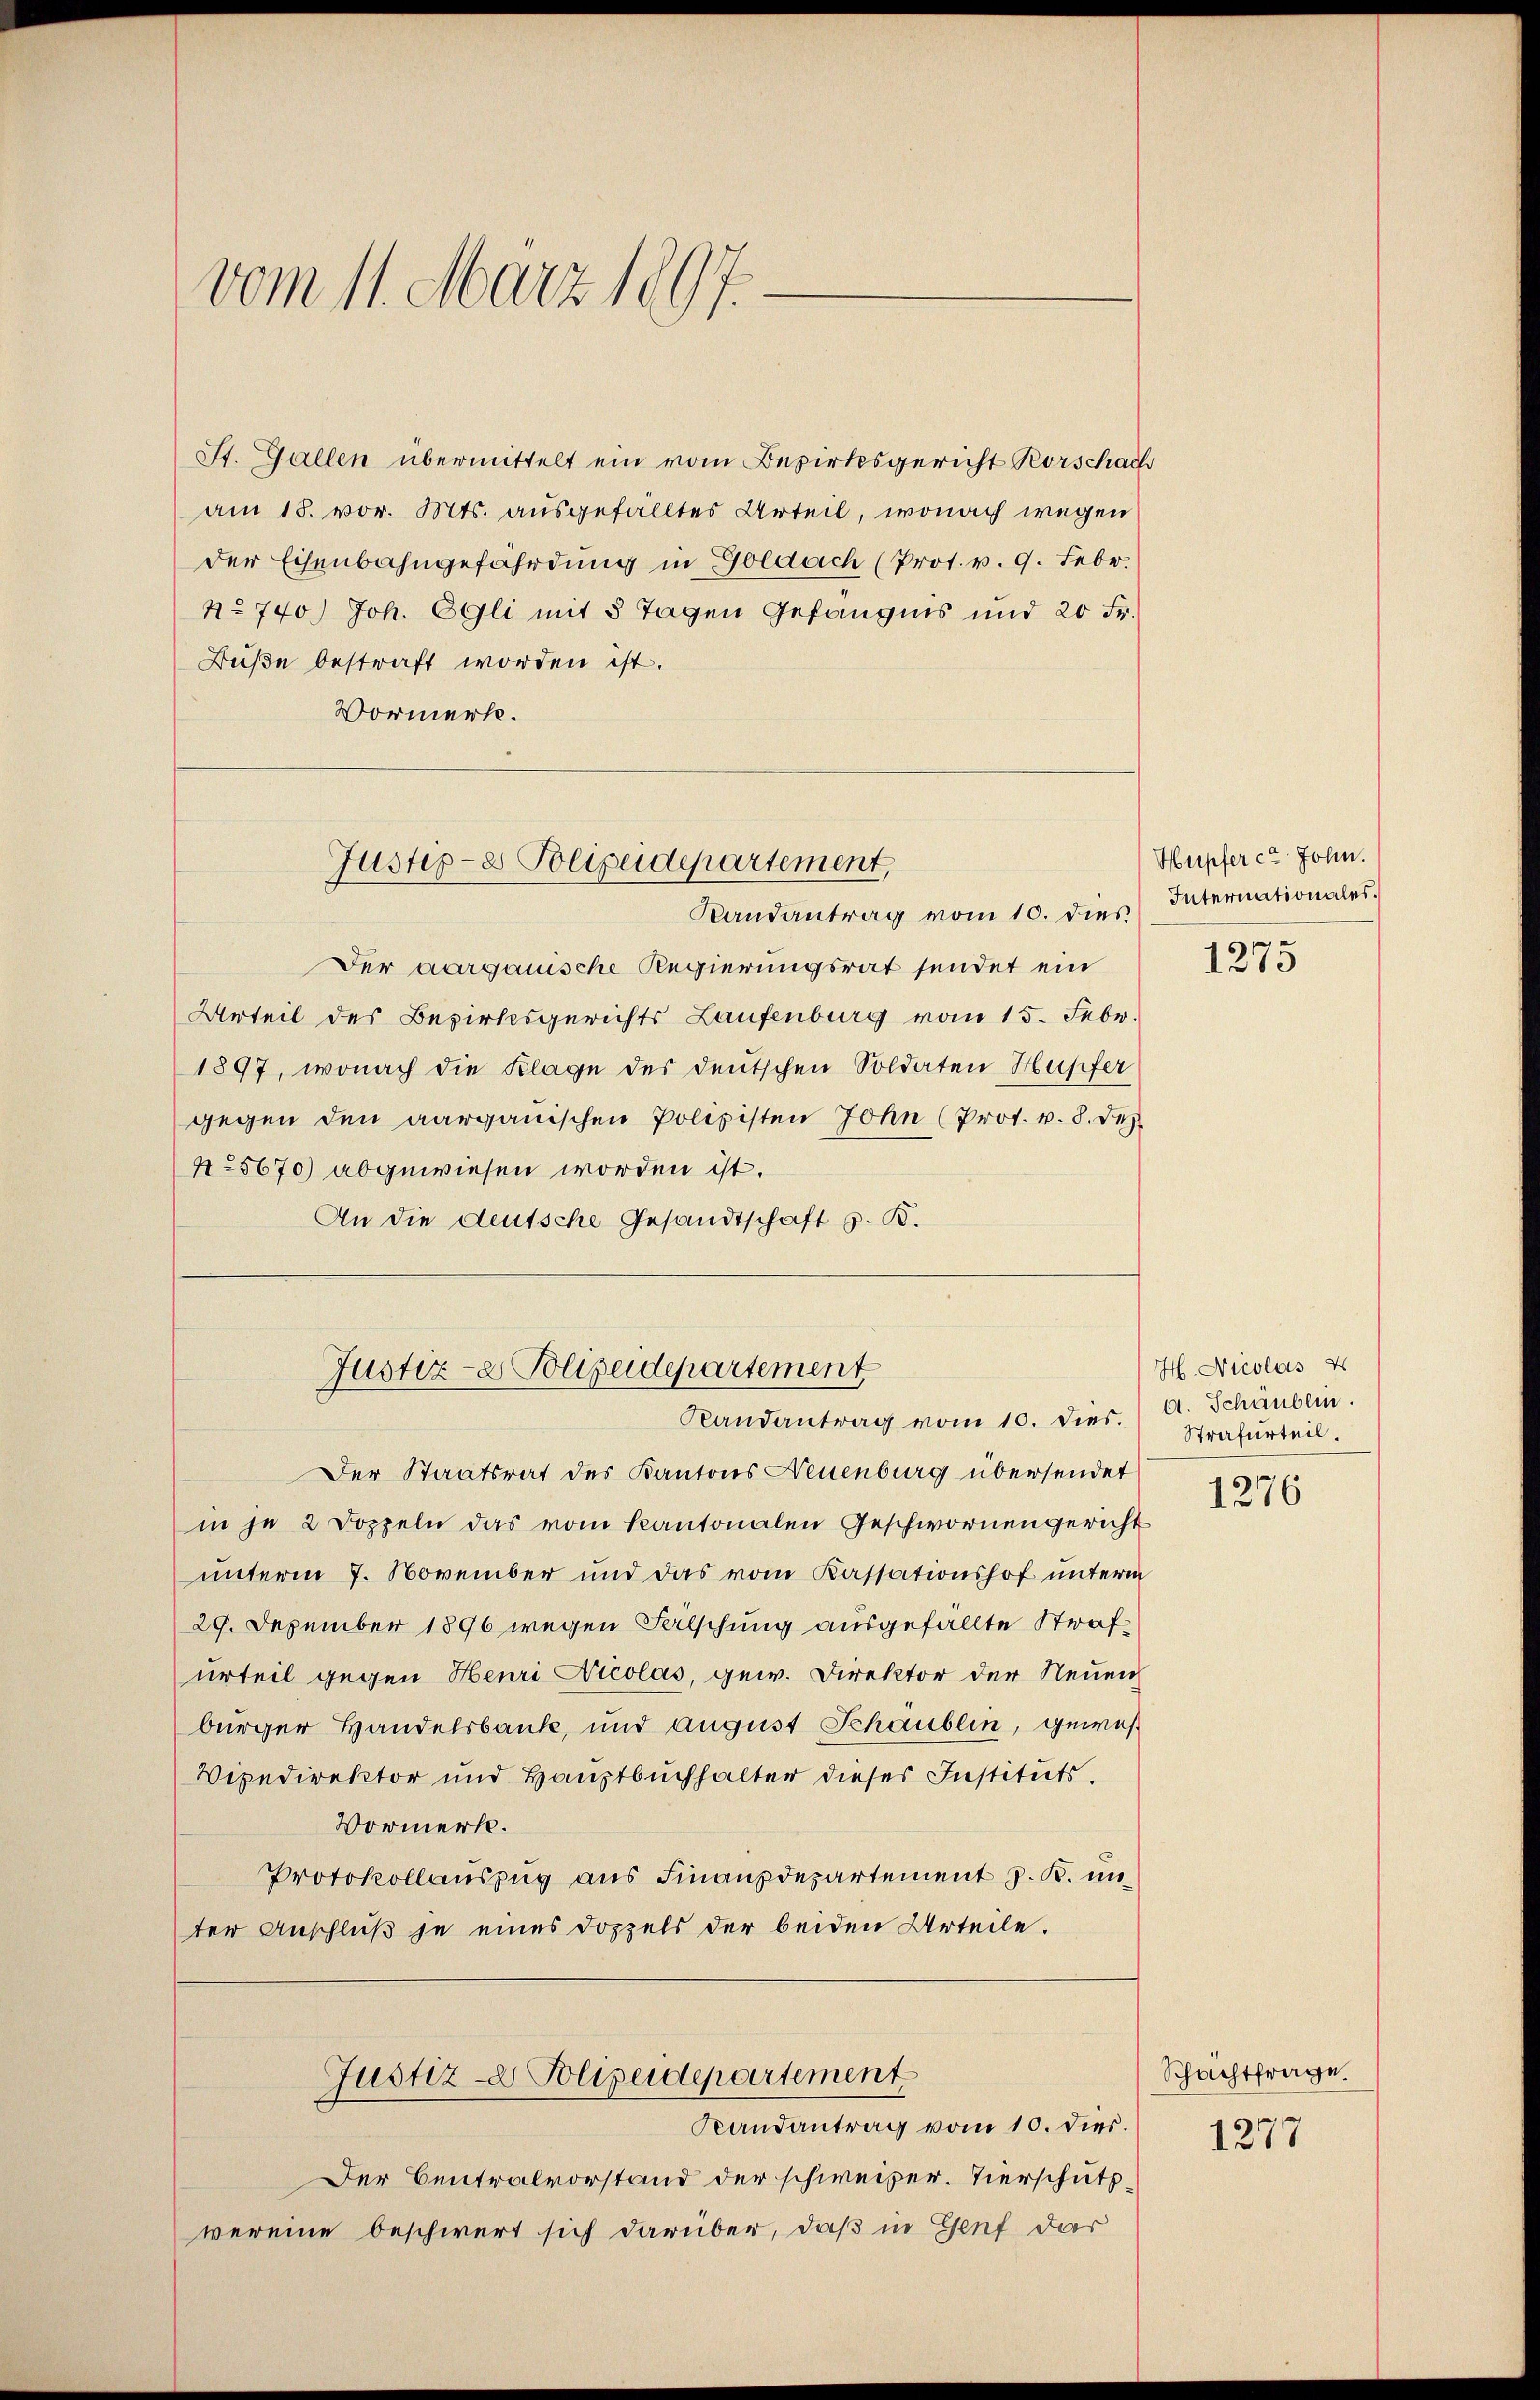
vom 11. März 1897.

St. Gallen übermittelt ein vom Bezirksgericht Rorschach
am 18. vor. Mts. ausgefälltes Urteil, wonach wegen
der Eisenbahngefährdung in Goldach (Prot. v. 9. Febr.
No 740.) Joh. Egli mit 5 Tagen Gefängnis und 20 Fr.
Buße bestraft worden ist.
Vormerk.
Justiz- & Polizeidepartement,
Randantrag vom 10. dies Internationales.
Der aargauische Regierungsrat sendet ein
Urteil des Bezirksgerichts Laufenburg vom 15. Febr.
1897, wonach die Klage des deutschen Soldaten Hupfer
gegen den aargauischen Polizisten John (Prot. v. 8. Dez.
425670) abgewiesen worden ist.
An die deutsche Gesandtschaft z. K.

Justiz- & Polizeidepartement

Randantrag vom 10. dies. A. Schauben.

Justiz- Polizeidepartement
Randantrag vom 10. dies.

Der Centralvorstand der schweizer. Vierschutzwereine beschwert sich darüber, daß in Genf das

Der Staatsrat des Kantons Neuenburg übersendet
in je 2 Doppeln das vom Kantonalen Geschwornengericht
unterm 7. November und das vom Kassationshof unterm
29. Dezember 1896 wegen Falschung ausgefällte Strafurteil gegen Henri Nicolas, gew. Direktor der Neuen
bürger Handelsbanke, und august Schaublin, gewes
Vipedirektor und Hauptbuchhalter dieses Instituts.
Vormerk.
Protokollauszug aus Finanzdepartement z. B. in
ter Anschluß je eines Doppels der beiden Urteile.

Hupfer ca John.

1273

H. Nicolas u
Strafurteil.

1276

Schachtfrage.

1277